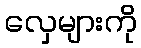
လှေများကို